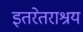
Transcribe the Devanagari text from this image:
इतरेतराश्रय